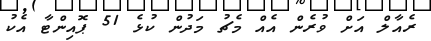
ރެއާލް އަށް ވުރެން އެއް މެޗު މަދުން ކުޅެ 51 ޕޮއިންޓާ އެކު